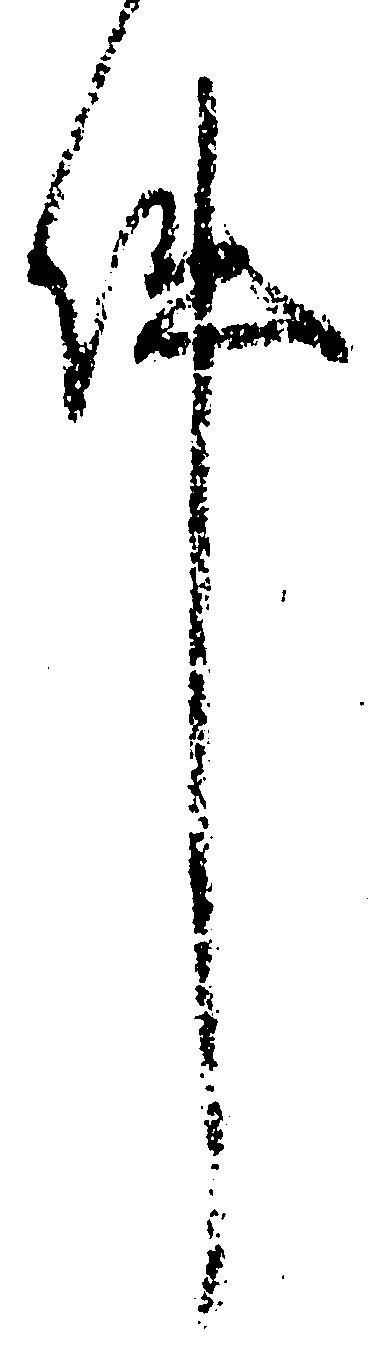
件